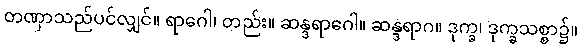
တဏှာသည်ပင်လျှင်။ ရာဂေါ၊ တည်း။ ဆန္ဒရာဂေါ။ ဆန္ဒရာဂ။ ဒုက္ခ၊ ဒုက္ခသစ္စာ၌။